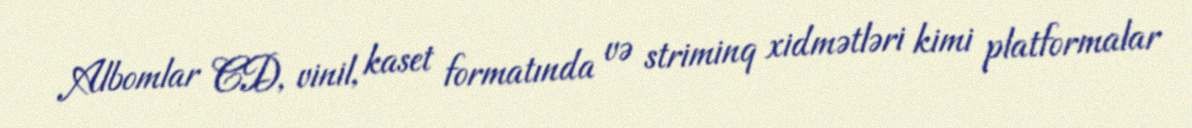
Albomlar CD, vinil, kaset formatında və striminq xidmətləri kimi platformalar